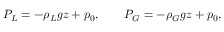
P _ { L } = - \rho _ { L } g z + p _ { 0 } , \qquad P _ { G } = - \rho _ { G } g z + p _ { 0 } ,